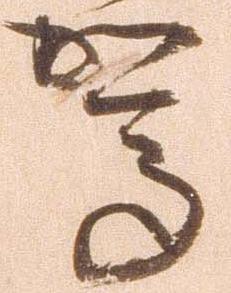
駕